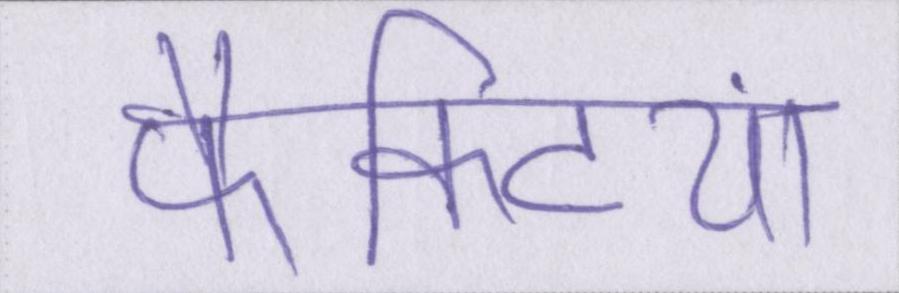
फैक्ट्रियां